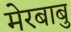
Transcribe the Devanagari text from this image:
मेरबाबु